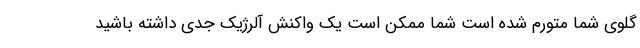
گلوی شما متورم شده است شما ممکن است یک واکنش آلرژیک جدی داشته باشید